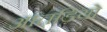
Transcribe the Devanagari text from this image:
आंतड़ियो